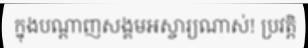
ក្នុងបណ្តាញសង្គមអស្ចារ្យណាស់! ប្រវត្តិ